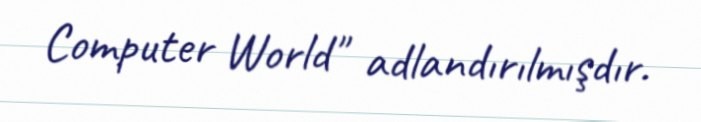
Computer World" adlandırılmışdır.